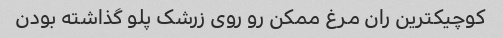
کوچیکترین ران مرغ ممکن رو روی زرشک پلو گذاشته بودن